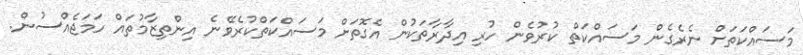
މަސައްކަތަށް ނެރެގެން މަސައްކަތް ކުރުވެން ހުރި އިދާރާތަކުން އެގޮތަށް މަސައްކަތްކުރެވޭނެ އިންތިޒާމުތައް ހަމަޖެއްސުން.